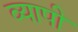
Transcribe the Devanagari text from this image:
व्‍यापी